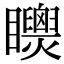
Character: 𥍌